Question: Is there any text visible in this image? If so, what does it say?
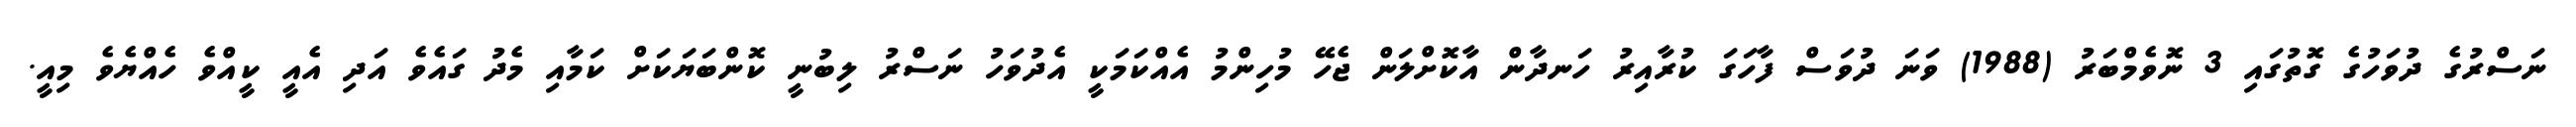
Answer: ނަސްރުގެ ދުވަހުގެ ގޮތުގައި 3 ނޮވެމްބަރު (1988) ވަނަ ދުވަސް ފާހަގަ ކުރާއިރު ހަނދާން އާކޮށްލަން ޖެހޭ މުހިންމު އެއްކަމަކީ އެދުވަހު ނަސްރު ލިބުނީ ކޮންބަޔަކަށް ކަމާއި މެދު ގައެވެ އަދި އެއީ ކީއްވެ ހެއްޔެވެ މިއީ.